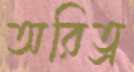
অরিত্র